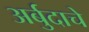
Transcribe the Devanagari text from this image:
अर्बुदाचे